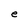
Character: e